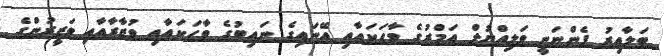
ބަލާއިރު ފެންނަނީ ވަލިއްޔުލް އަމްރުގެ ވާހަކައާއި އޭނައިގެ ނައިބުގެ ވާހަކައާއި ވުޒާރާއާއި ވަޒީރުންގެ